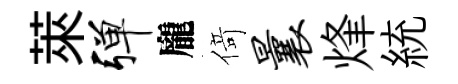
萊弹龐𠋣曩烽統